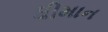
ધીમાન